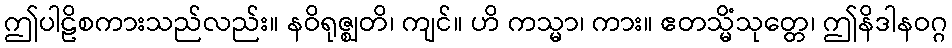
ဤပါဠိစကားသည်လည်း။ နဝိရုဇ္ဈတိ၊ ကျင်။ ဟိ ကသ္မာ၊ ကား။ ဧတသ္မိံသုတ္တေ၊ ဤနိဒါနဝဂ္ဂ